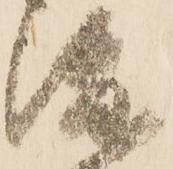
渡